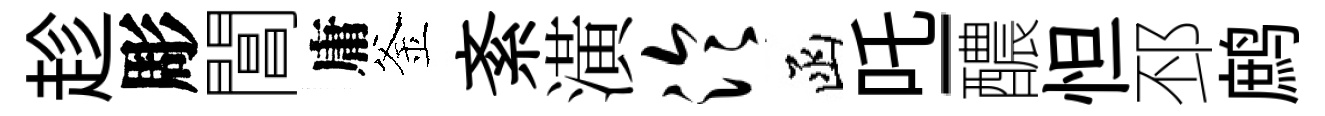
趁彫閶庸釜紊潢泠函吒-醲怛邳鹧